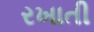
રખાતી